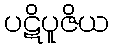
ပဋိပူဇိယ